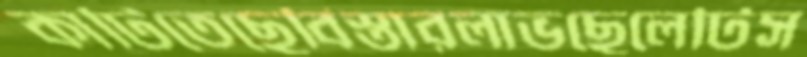
কাটিতেছেবিস্তারলাভছেলেটিস